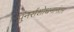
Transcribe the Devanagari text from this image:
पुनर्संशोधनानंतर